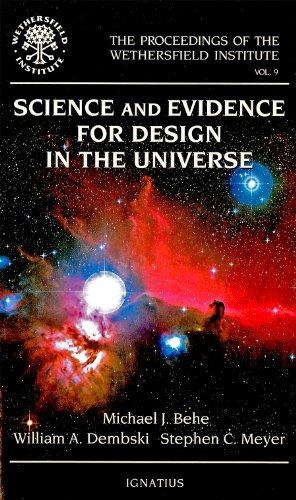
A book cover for Science and Evidence for Design in the Universe (The Proceedings of the Wethersfield Institute Vol. 9); Michael Behe; Christian Books & Bibles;